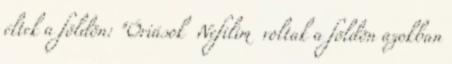
éltek a földön: "Óriások Nefilim voltak a földön azokban